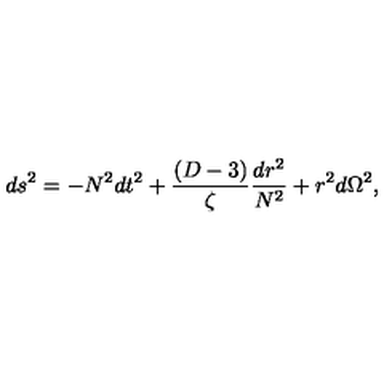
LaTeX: d s ^ { 2 } = - N ^ { 2 } d t ^ { 2 } + \frac { ( D - 3 ) } { \zeta } \frac { d r ^ { 2 } } { N ^ { 2 } } + r ^ { 2 } d \Omega ^ { 2 } ,